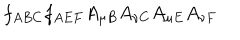
f _ { A B C } f _ { A E F } A _ { \mu B } A _ { \nu C } A _ { \mu E } A _ { \nu F }